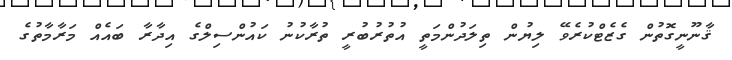
ޤާނޫނީގޮތުން ގެޒެޓްކުރެވޭ ލިޔުން ތިލަދުންމަތީ އުތުރުބުރީ ތުރާކުނު ކައުންސިލްގެ އިދާރާ ބައެއް މަރާމާތުގެ